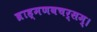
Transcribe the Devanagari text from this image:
ब्राह्मणवचर्सम्।